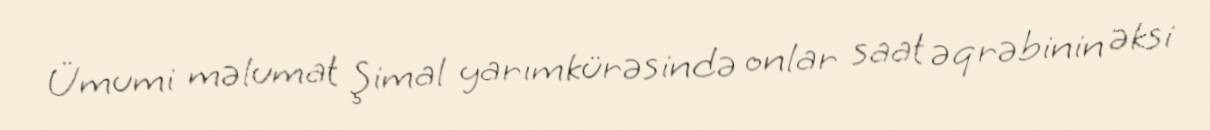
Ümumi məlumat Şimal yarımkürəsində onlar saat əqrəbinin əksi